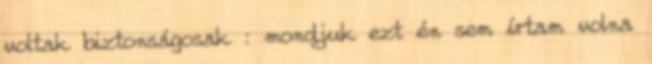
voltak biztonságosak : mondjuk ezt én sem írtam volna